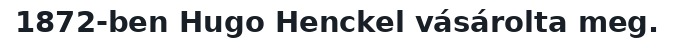
1872-ben Hugo Henckel vásárolta meg.